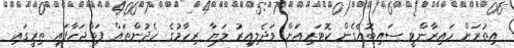
އިތުރަށް ހައިރާންވީ ސައިބޮއެގެން ކޮޓަރިއަށް ވަދެލިއިރު ލަޔާ ރިހާމުގެ ހެދުންތައް ފަތްޖަހާފައި ތިރީގައި